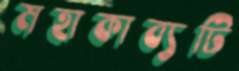
মহাকাব্যটি